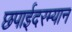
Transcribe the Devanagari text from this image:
छपाईदरम्यान